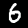
Label: 6